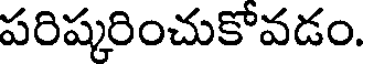
పరిష్కరించుకోవడం.